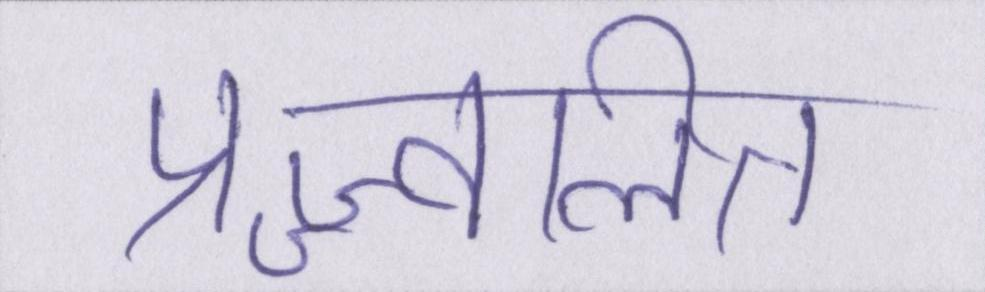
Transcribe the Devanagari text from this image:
प्रज्ज्वलित